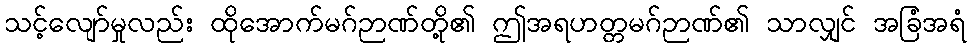
သင့်လျော်မှုလည်း ထိုအောက်မဂ်ဉာဏ်တို့၏ ဤအရဟတ္တမဂ်ဉာဏ်၏ သာလျှင် အခြံအရံ